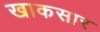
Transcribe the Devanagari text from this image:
खाकसार